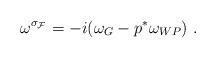
LaTeX: \begin{align*}\omega^{\sigma_{\cal F}} = -i(\omega_G - p^* \omega_{WP})~.\end{align*}